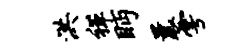
洪禅眄曩雩